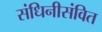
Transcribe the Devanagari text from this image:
संधिनीसंवित